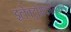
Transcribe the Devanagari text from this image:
इलेक्ट्रोमेकेनिकल